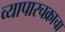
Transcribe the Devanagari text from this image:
व्यापारचक्राचा